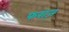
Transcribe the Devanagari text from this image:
फराज़